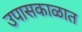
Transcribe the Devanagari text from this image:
उपासकाळात